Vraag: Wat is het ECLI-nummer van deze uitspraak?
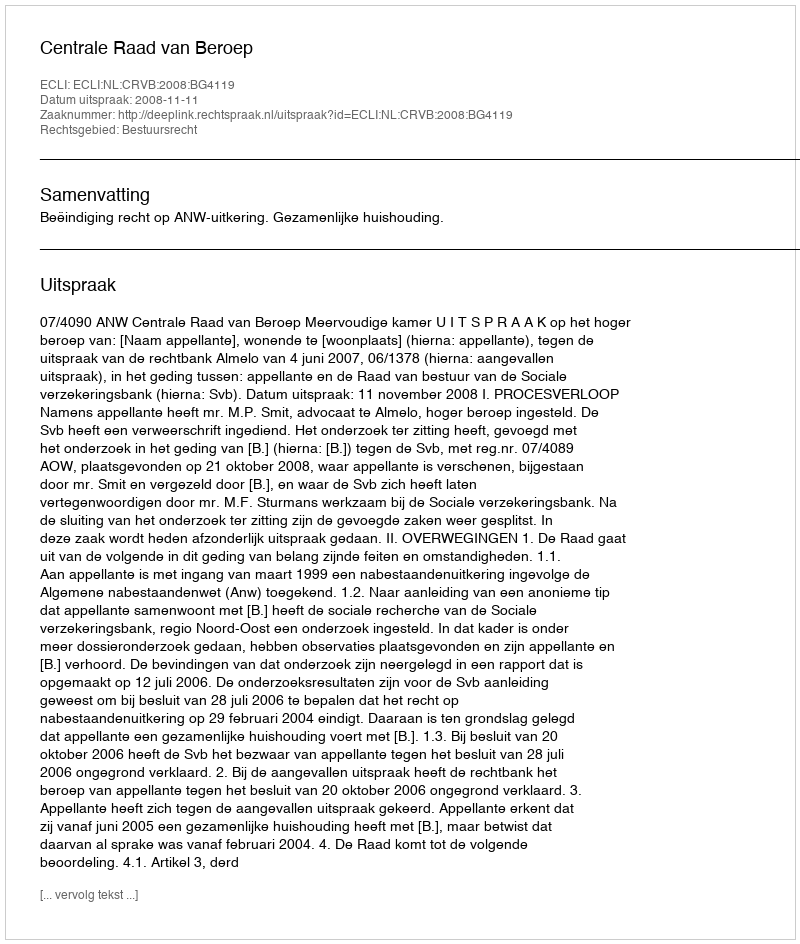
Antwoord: ECLI:NL:CRVB:2008:BG4119